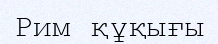
Рим құқығы